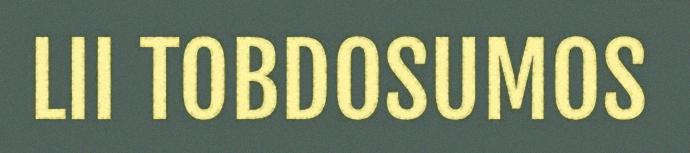
LII TOBDOSUMOS